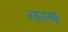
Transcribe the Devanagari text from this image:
तस्ब